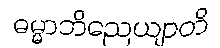
ဓမ္မာဘိညေယျာတိ